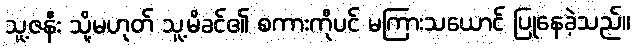
သူ့ဇနီး သို့မဟုတ် သူ့မိခင်၏ စကားကိုပင် မကြားသယောင် ပြုနေခဲ့သည်။